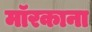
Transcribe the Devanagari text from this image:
मॉरकाना